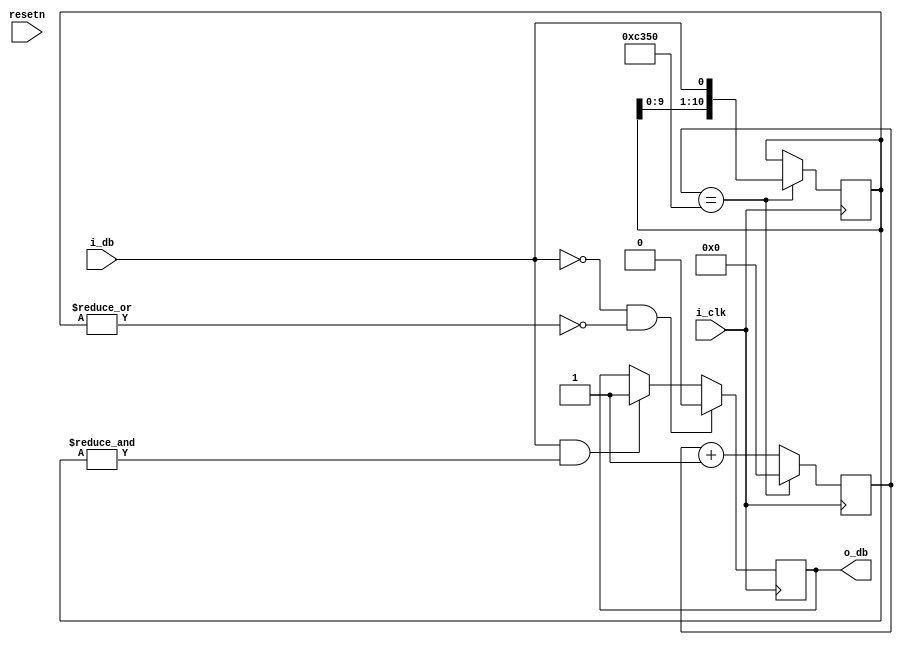

module dBounce (
		input wire i_clk, i_db, resetn,
		output wire o_db
	);
	parameter CLOCK = 50_000_000;	// 50 MHz
	parameter WINDOWSIZE = 10_000_000;	// in ns.  10 ms window
	parameter PERIOD = 20;	// 20 ns (from 50MHz)

	parameter numpoints = 10;
	
	
	localparam endcount = WINDOWSIZE/PERIOD/numpoints;
	
	
	reg out_pin = 0;
	reg [numpoints:0] window;
	reg [$clog2(endcount):0] counter = 0;
	
	// shifter
	always @(posedge i_clk) begin
		if (counter == endcount) begin
			window = { window[numpoints-1:0] , i_db};
			counter = 0;
		end else begin
			counter = counter + 1;
		end
		
	end

	
	// outpin logic
	always @(posedge i_clk) begin
		if (i_db && &window) out_pin =  1'b1;
		if (i_db == 0 && ~|window) out_pin = 1'b0;

    end
    assign o_db = out_pin;
endmodule